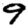
Digit: 9